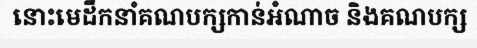
នោះមេដឹកនាំគណបក្សកាន់អំណាច និងគណបក្ស